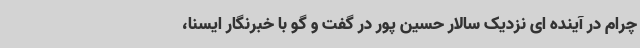
چرام در آینده ای نزدیک سالار حسین پور در گفت و گو با خبرنگار ایسنا،